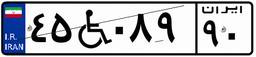
۴۵W۰۸۹۹۰